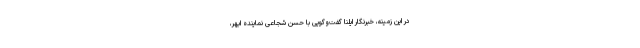
در این زمینه، خبرنگار ایلنا گفت‌وگویی با حسن شجاعی نماینده ابهر،